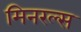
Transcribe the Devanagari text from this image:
मिनरल्‍स